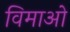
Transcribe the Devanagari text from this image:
विमाओ